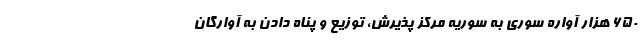
۶۵۰ هزار آواره سوری به سوریه مرکز پذیرش، توزیع و پناه دادن به آوارگان